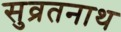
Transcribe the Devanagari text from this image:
सुव्रतनाथ